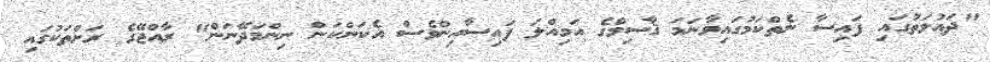
"ދައުލަތުގައި ފައިސާ ނެތްކަމުގައިވާނަމަ ޤާސިމްގެ އަމިއްލަ ފައިސާއިންވެސް އެކަންކަން ނިންމަދޭނަން" ރާއްޖޭގެ ރަށްތަކުގައި